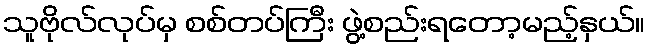
သူဗိုလ်လုပ်မှ စစ်တပ်ကြီး ဖွဲ့စည်းရတော့မည့်နှယ်။